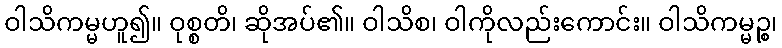
ဝါသိကမ္မဟူ၍။ ဝုစ္စတိ၊ ဆိုအပ်၏။ ဝါသိစ၊ ဝါကိုလည်းကောင်း။ ဝါသိကမ္မဉ္စ၊